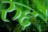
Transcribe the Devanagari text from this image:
रुद्दं